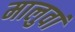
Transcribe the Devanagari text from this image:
मालुवां